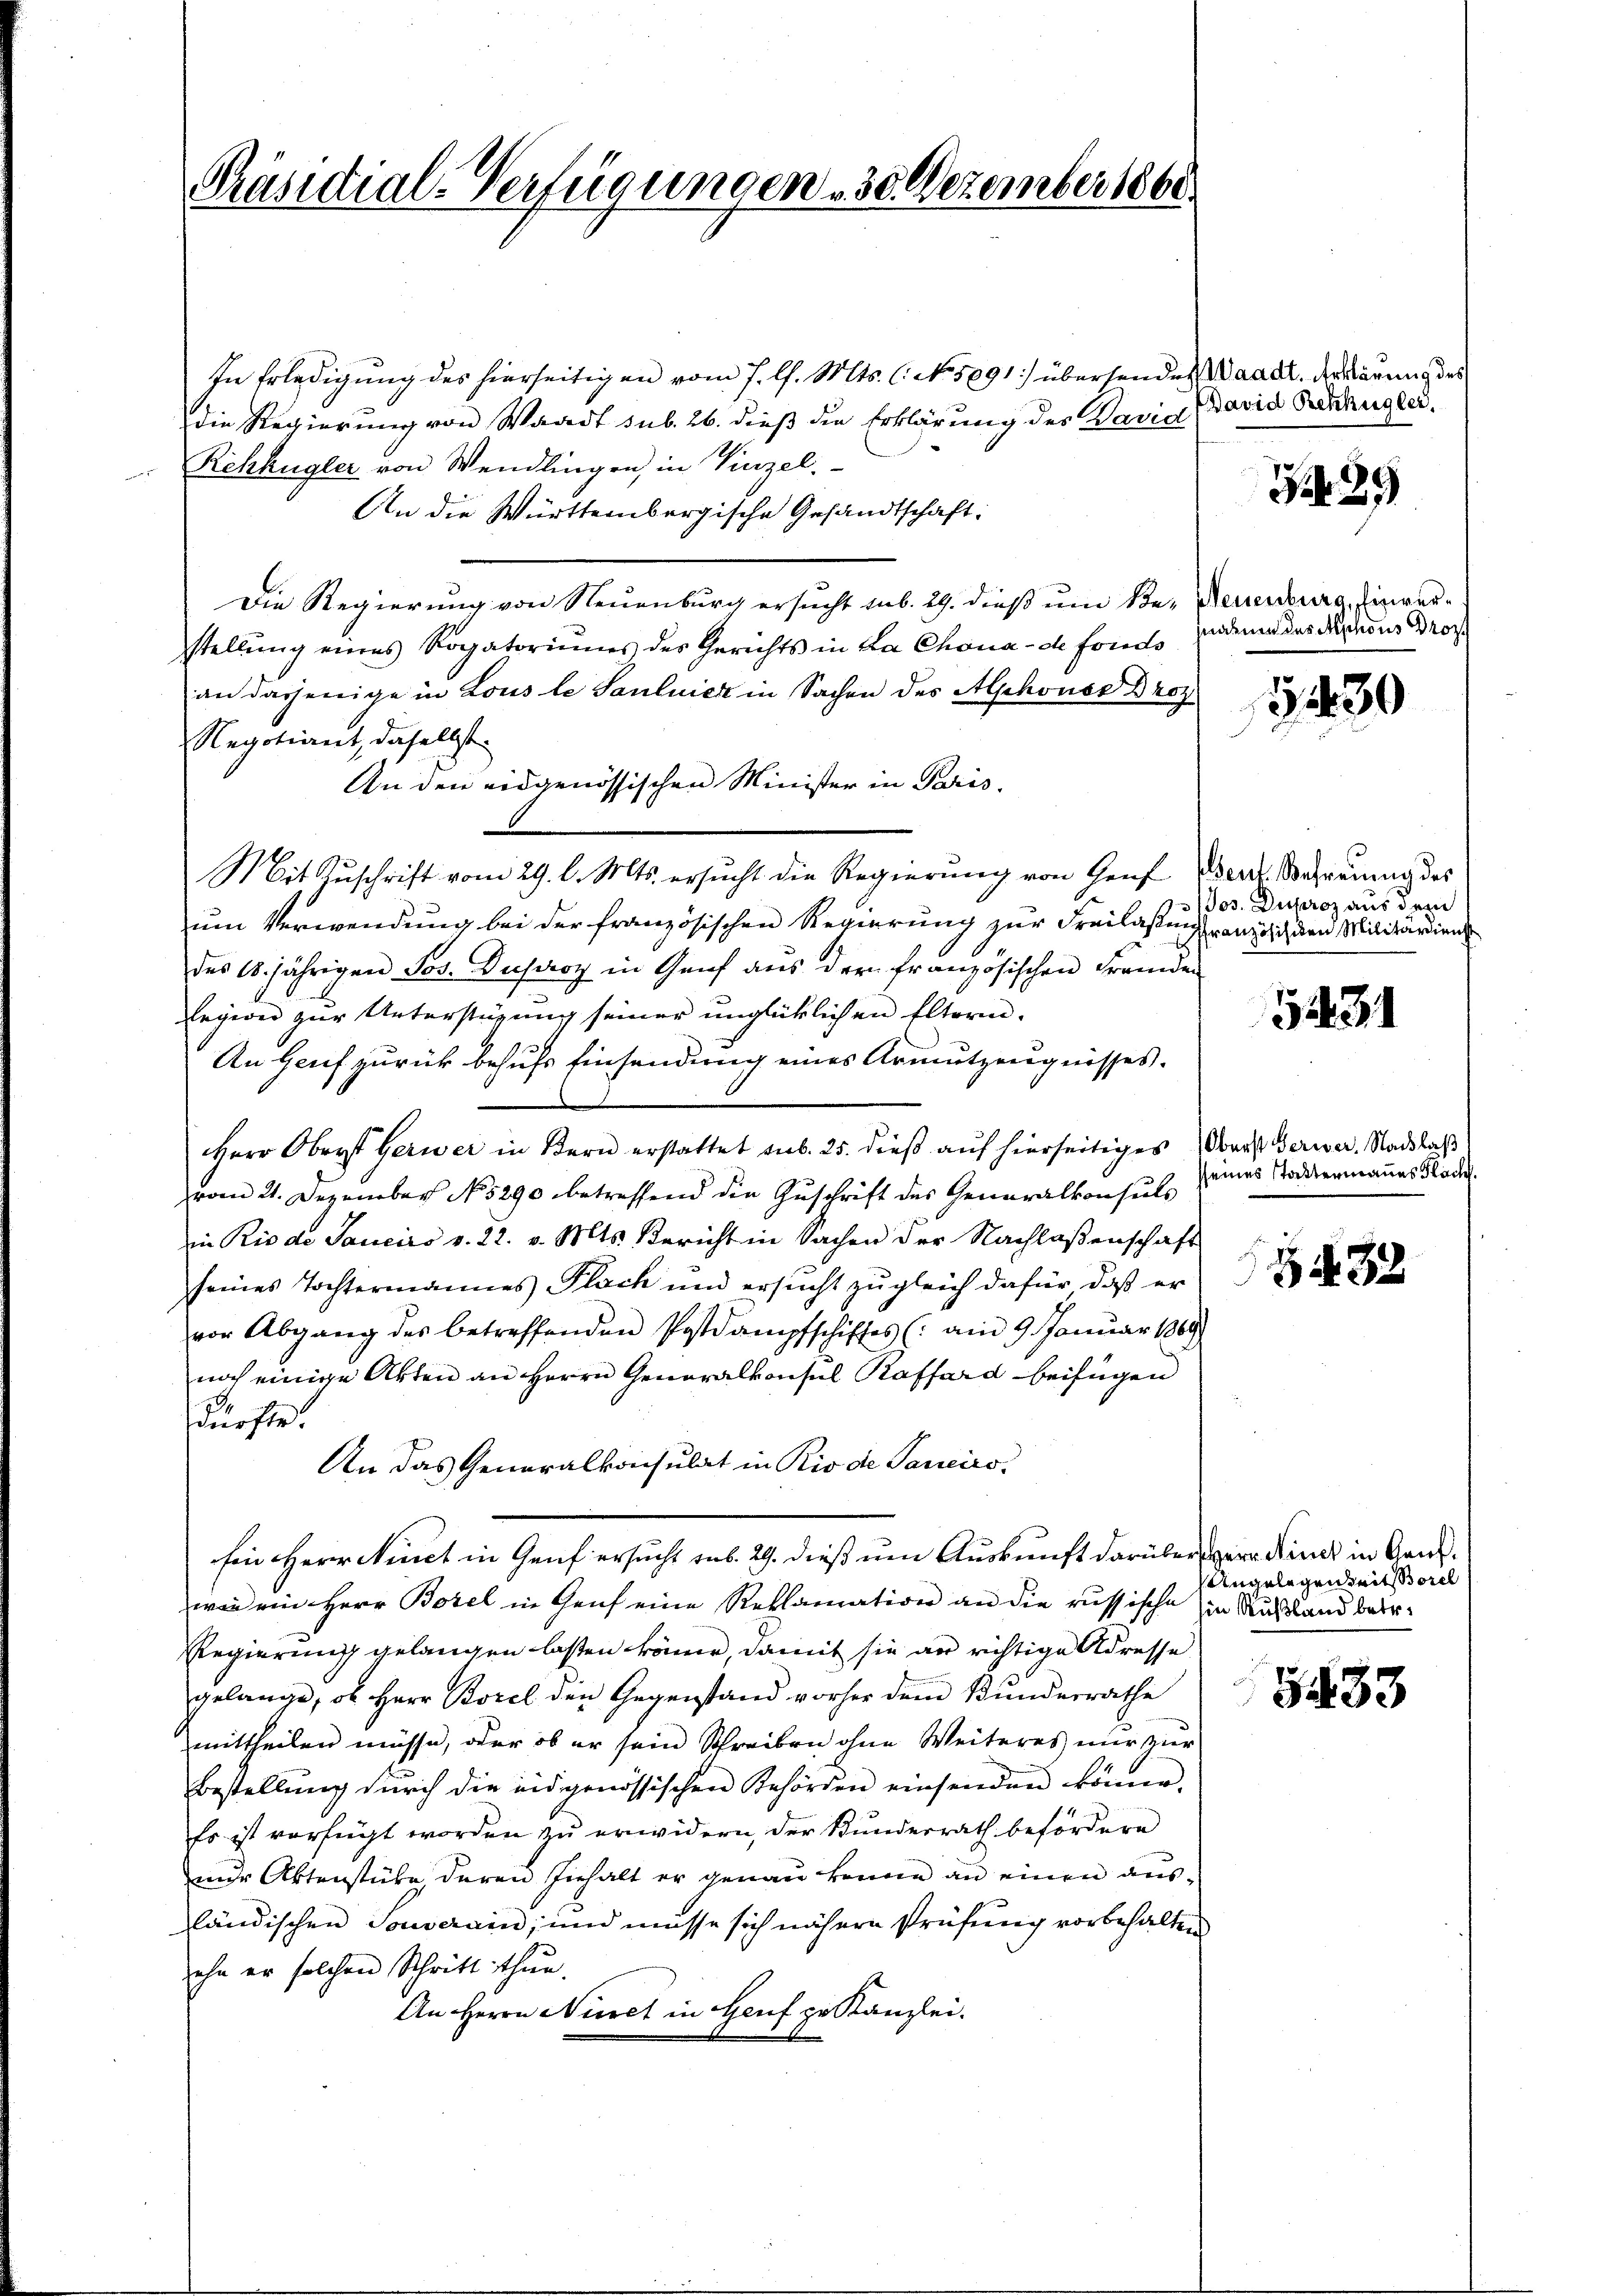
Präsidial-Verfügungen 30. Dezember 1860.

In Erledigung des hierseitigen vom 7. l. Mts. l. No. 5891) übersendes Waadt, der Klärung des
die Regierung von Waadt sub. 26. dieß die Erklärung des David
Rchhügler von Wendlingen, in Vinzel.
An die Württembergische Gesandtschaft:
Die Regierung von Neuenburg ersucht sub. 29. dieß um Be- Neuenburg, Einverstellŭng eines Rogatoriums des Gerichts in La Chonade fonds
an dasjenige in Lous le Sanluier in Sachen des Alphons Broz.
Negotiant, daselbst
An den eidgenössischen Minister in Paris.
Mit Zuschrift vom 29. l. Mts. ersucht die Regierung von Genf Verlehrauung des
um Verwendung bei der französischen Regierung zur Freilassung französich den Militardiens
des 18jährigen Jos. Dusaroy in Genf aus der französischen Fremden
legern zur Unterstüzung seiner unglücklichen Eltern.
An Genf zurück behufs Einsendung eines Armutzeugnisses.
Herr Oberst Gerwer in Bern erstattet sub. 25. dieß auf hierseitiges
vom 21. Dezember No 5290 betreffend die Zŭschrift des Generalkonsuls
in Rio de Sanciro v. 22. v. Mts. Bericht in Sachen der Nachlaßenschaft
seines Tochtermannes Plack und ersucht zugleich dafür, daß er
vor Abgang des betreffenden Postdampfschiffes (: am 9. Janŭar 1869
noch einige Akten an Herrn Generalkonsul Raffard beifügen
dürfte.
An das Generalkonsulat in Rio de Sancirs,
Ein Herr Winct in Genf ersucht sub. 29. dieß um Auskunft darüber Herr Miner in Ganswar ein Herr Borel in Genf eine Reklamation an die russische Ein Rußland betr.
Regierung gelangen lassen könne, damit sie an richtige Adresse
gelange, ob Herr Borel den Gegenstand vorher dem Bundesrathe
mittheilen müsse, oder ob er sein Schreiben ohne Weiteres nur zur
Bestellung durch die eidgenössischen Behörden einsenden können.
Es ist verfügt worden zu erwidern, der Kunderrath befördere
nnder Aktenstüke deren Inhalt er genau könne an einen ausländischen Souverain, und müsse sich nähere Prüfŭng vorbehalten
ehe er solchen Schritt thun.
An Herrn Nüret in Genf zu Kanzlei.

David Rehkügler.

Z 29

nadenen des Aeschons Droz

1430

Jos. Duproz aus dem

5431

Oberst Gerwer, Nachlaß
sseines Stattermannes Flach.

5432

Angelegen mit Borel

3433